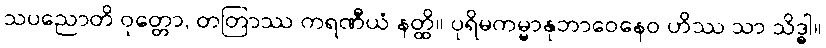
သပညောတိ ဝုတ္တော, တတြာဿ ကရဏီယံ နတ္ထိ။ ပုရိမကမ္မာနုဘာဝေနေဝ ဟိဿ သာ သိဒ္ဓါ။